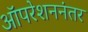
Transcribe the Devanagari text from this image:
ऑपरेशननंतर